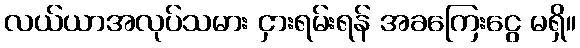
လယ်ယာအလုပ်သမား ငှားရမ်းရန် အခကြေးငွေ မရှိ။